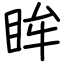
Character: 眸